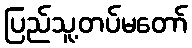
ပြည်သူ့တပ်မတော်